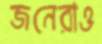
জনেরাও